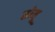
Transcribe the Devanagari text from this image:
सोमू